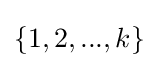
\{1,2,...,k\}